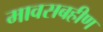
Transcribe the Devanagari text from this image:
मावसबहीण